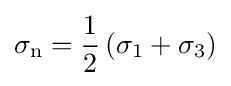
\sigma _{\text{n}}={\frac {1}{2}}\left(\sigma _{1}+\sigma _{3}\right)